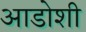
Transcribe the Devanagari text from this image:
आडोशी